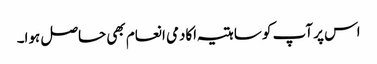
اس پر آپ کو ساہتیہ اکادمی انعام بھی حاصل ہوا۔